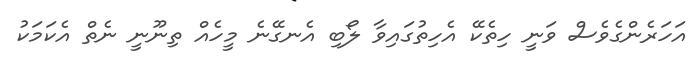
އަހަރެންގެވެސް ވަނީ ހިތެކޭ އެހިތުގައިވާ ލޯބި އެނގޭނެ މީހެއް ތިނޫނީ ނެތް އެކަމަކު